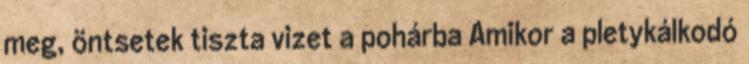
meg, öntsetek tiszta vizet a pohárba Amikor a pletykálkodó